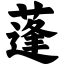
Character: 蓬